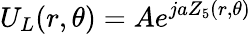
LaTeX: U_{L}(r,\theta)=Ae^{jaZ_{5}(r,\theta)}